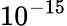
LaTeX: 10^{-15}